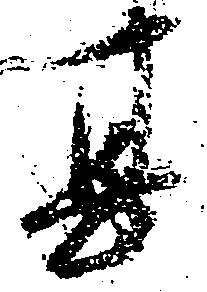
甚